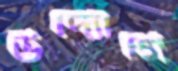
উদ্যোগে